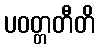
ပဝတ္တတီတိ